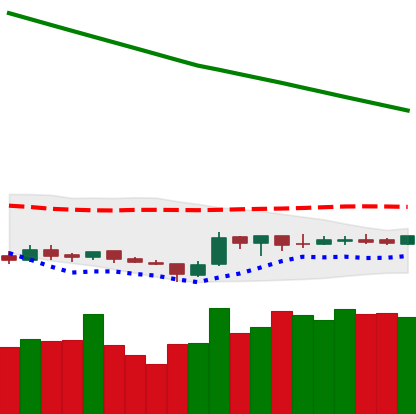
Ticker: ETC-USD
Chart end date: 2019-02-17
Forward return: 13.076%
Label: up_7plus